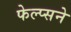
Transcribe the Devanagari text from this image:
फेल्प्सने